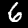
Digit: 6